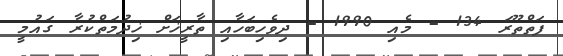
ފަތްތޫރަ 134 - މެއި 1990 - ދިވެހިބަހާއި ތާރީޚަށް ޚިދުމަތްކުރާ ގައުމީ